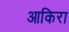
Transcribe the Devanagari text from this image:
आकिरा